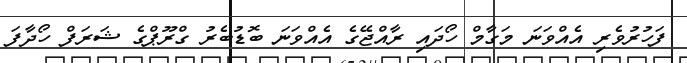
ފަހުރުވެރި އެއްވަނަ މަގާމް ހޯދައި ރާއްޖޭގެ އެއްވަނަ ބޮޑުބެރު ގްރޫޕްގެ ޝަރަފް ހޯދާފަ